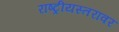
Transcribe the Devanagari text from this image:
राष्ट्रीयस्तरावर